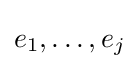
e_{1},\dots ,e_{j}